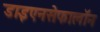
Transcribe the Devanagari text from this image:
डाइएनसेफालॉन